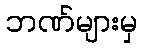
ဘဏ်များမှ